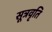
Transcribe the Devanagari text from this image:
सूत्रवृति